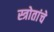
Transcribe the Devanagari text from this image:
स्त्रोतांचे